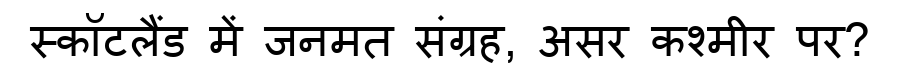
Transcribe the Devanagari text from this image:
स्कॉटलैंड में जनमत संग्रह, असर कश्मीर पर?